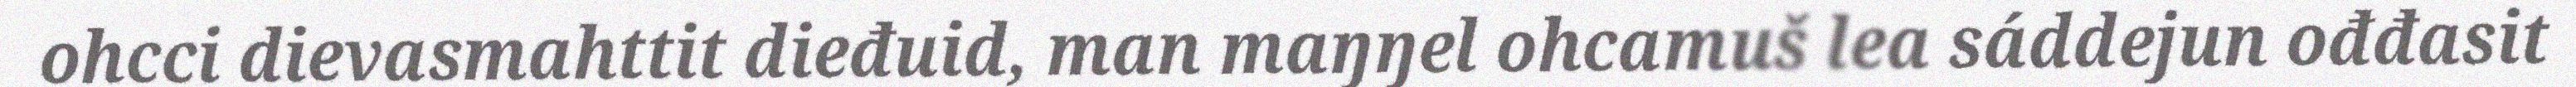
ohcci dievasmahttit dieđuid, man maŋŋel ohcamuš lea sáddejun ođđasit